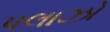
પલાઝો